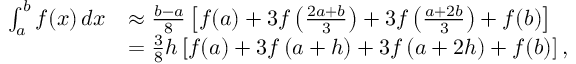
{ \begin{array} { r l } { \int _ { a } ^ { b } f ( x ) \, d x } & { \approx { \frac { b - a } { 8 } } \left[ f ( a ) + 3 f \left( { \frac { 2 a + b } { 3 } } \right) + 3 f \left( { \frac { a + 2 b } { 3 } } \right) + f ( b ) \right] } \\ & { = { \frac { 3 } { 8 } } h \left[ f ( a ) + 3 f \left( a + h \right) + 3 f \left( a + 2 h \right) + f ( b ) \right] , } \end{array} }